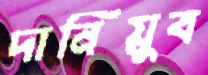
দানিয়ুব